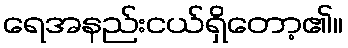
ရေအနည်းငယ်ရှိတော့၏။